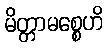
မိတ္တာမစ္စေဟိ